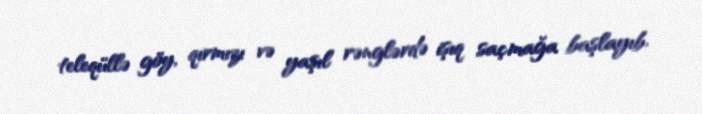
teleqüllə göy, qırmızı və yaşıl rənglərdə işıq saçmağa başlayıb.